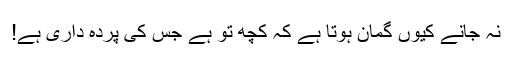
نہ جانے کیوں گمان ہوتا ہے کہ کچھ تو ہے جس کی پردہ داری ہے!